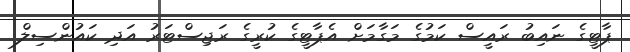
ޕާޓީގެ ނައިބު ރައީސް ކަމުގެ މަގާމަށް އެޕާޓީގެ ކުރީގެ ރަޖިސްޓަރު އަދި ކައުންސިލް